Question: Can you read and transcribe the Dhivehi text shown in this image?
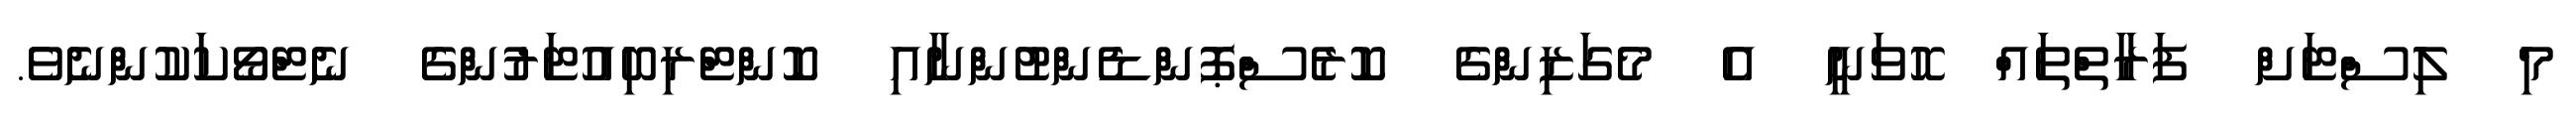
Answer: މި ލިސްޓަށް ފަރާތްތައް ހޮވަނީ އެ މެގަޒިންގެ ކޮރެސްޕޮންޑެންޓުންނާއި ކޮންޓްރިބިއުޓަރުންގެ ނެޓްވޯކަކުންނެވެ.